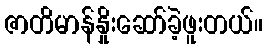
ဇာတိမာန်နှိုးဆော်ခဲ့ဖူးတယ်။